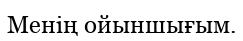
Менің ойыншығым.